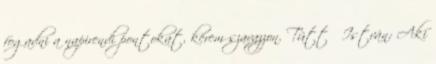
fogadni a napirendi pontokat, kérem szavazzon. Tüttő István: Aki